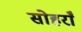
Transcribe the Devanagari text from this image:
सोहराँ